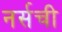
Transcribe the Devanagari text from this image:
नर्सची